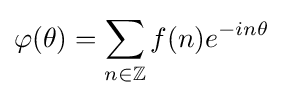
\varphi (\theta )=\sum _{n\in \mathbb {Z} }f(n)e^{-in\theta }